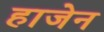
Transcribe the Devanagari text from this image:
हाजेन